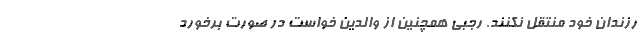
رزندان خود منتقل نکنند. رجبی همچنین از والدین خواست در صورت برخورد